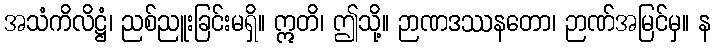
အသံကိလိဋ္ဌံ၊ ညစ်ညူးခြင်းမရှိ။ ဣတိ၊ ဤသို့။ ဉာဏဒဿနတော၊ ဉာဏ်အမြင်မှ။ န